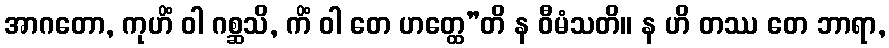
အာဂတော, ကုဟိံ ဝါ ဂစ္ဆသိ, ကိံ ဝါ တေ ဟတ္ထေ”တိ န ဝီမံသတိ။ န ဟိ တဿ တေ ဘာရာ,